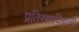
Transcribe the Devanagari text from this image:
प्रतिरक्षाविज्ञानी